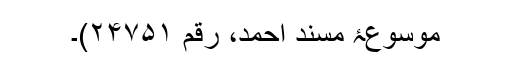
موسوعۂ مسند احمد، رقم ۲۴۷۵۱)۔